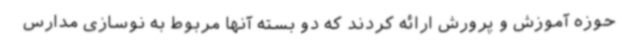
حوزه آموزش و پرورش ارائه کردند که دو بسته آنها مربوط به نوسازی مدارس